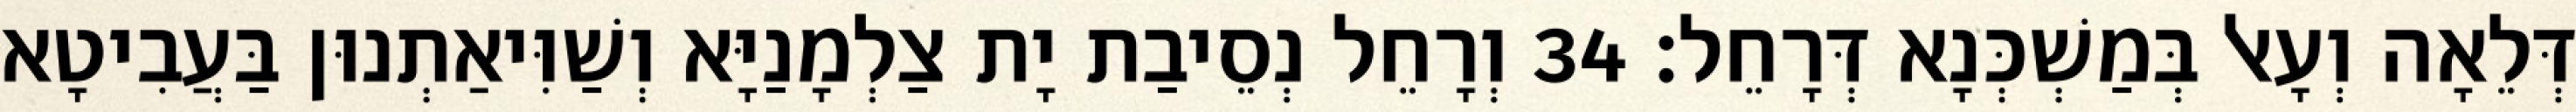
דְּלֵאָה וְעָאל בְּמַשְׁכְּנָא דְּרָחֵל׃ 34 וְרָחֵל נְסֵיבַת יָת צַלְמָנַיָּא וְשַׁוִּיאַתְנוּן בַּעֲבִיטָא